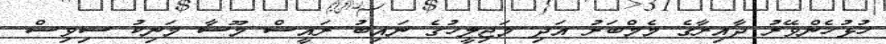
ހުޅުހެންވޭރު ދާއިރާގެ މެމްބަރު އަދި މަޖިލީހުގެ ނައިބު ރައީސް މޫސާ މަނިކު ސިވިސް